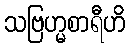
သဗြဟ္မစာရီဟိ